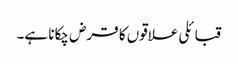
قبائلی علاقوں کا قرض چکانا ہے۔